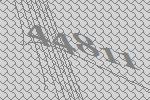
44811